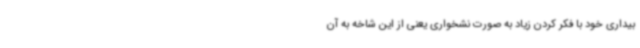
بیداری خود با فکر کردن زیاد به صورت نشخواری یعنی از این شاخه به آن